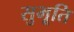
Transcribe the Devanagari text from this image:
सुभूति